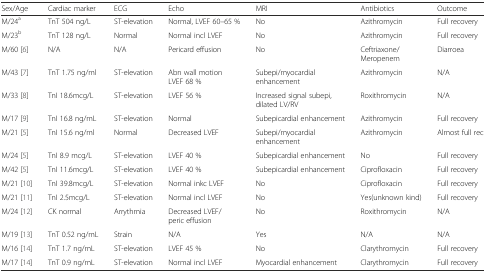
<table><thead><tr><td><b>Sex/Age</b></td><td><b>Cardiac marker</b></td><td><b>ECG</b></td><td><b>Echo</b></td><td><b>MRI</b></td><td><b>Antibiotics</b></td><td><b>Outcome</b></td></tr></thead><tbody><tr><td>M/24<sup>a</sup></td><td>TnT 504 ng/L</td><td>ST-elevation</td><td>Normal, LVEF 60–65 %</td><td>No</td><td>Azithromycin</td><td>Full recovery</td></tr><tr><td>M/23<sup>b</sup></td><td>TnT 128 ng/L</td><td>Normal</td><td>Normal incl LVEF</td><td>No</td><td>Azithromycin</td><td>Full recovery</td></tr><tr><td>M/60 [6]</td><td>N/A</td><td>N/A</td><td>Pericard effusion</td><td>No</td><td>Ceftriaxone/Meropenem</td><td>Diarroea</td></tr><tr><td>M/43 [7]</td><td>TnT 1.75 ng/ml</td><td>ST-elevation</td><td>Abn wall motion LVEF 68 %</td><td>Subepi/myocardial enhancement</td><td>Azithromycin</td><td>N/A</td></tr><tr><td>M/33 [8]</td><td>TnI 18.6mcg/L</td><td>ST-elevation</td><td>LVEF 56 %</td><td>Increased signal subepi, dilated LV/RV</td><td>Roxithromycin</td><td>N/A</td></tr><tr><td>M/17 [9]</td><td>TnI 16.8 ng/mL</td><td>ST-elevation</td><td>Normal</td><td>Subepicardial enhancement</td><td>Azithromycin</td><td>Full recovery</td></tr><tr><td>M/21 [5]</td><td>TnI 15.6 ng/ml</td><td>Normal</td><td>Decreased LVEF</td><td>Subepi/myocardial enhancement</td><td>Azithromycin</td><td>Almost full rec</td></tr><tr><td>M/24 [5]</td><td>TnI 8.9 mcg/L</td><td>ST-elevation</td><td>LVEF 40 %</td><td>Subepicardial enhancement</td><td>No</td><td>Full recovery</td></tr><tr><td>M/42 [5]</td><td>TnI 11.6mcg/L</td><td>ST-elevation</td><td>LVEF 40 %</td><td>Subepicardial enhancement</td><td>Ciprofloxacin</td><td>Full recovery</td></tr><tr><td>M/21 [10]</td><td>TnI 39.8mcg/L</td><td>ST-elevation</td><td>Normal inkc LVEF</td><td>No</td><td>Ciprofloxacin</td><td>Full recovery</td></tr><tr><td>M/21 [11]</td><td>TnI 2.5mcg/L</td><td>ST-elevation</td><td>Normal incl LVEF</td><td>No</td><td>Yes(unknown kind)</td><td>Full recovery</td></tr><tr><td>M/24 [12]</td><td>CK normal</td><td>Arrythmia</td><td>Decreased LVEF/peric effusion</td><td>No</td><td>Roxithromycin</td><td>N/A</td></tr><tr><td>M/19 [13]</td><td>TnT 0.52 ng/mL</td><td>Strain</td><td>N/A</td><td>Yes</td><td>N/A</td><td>N/A</td></tr><tr><td>M/16 [14]</td><td>TnT 1.7 ng/mL</td><td>ST-elevation</td><td>LVEF 45 %</td><td>No</td><td>Clarythromycin</td><td>Full recovery</td></tr><tr><td>M/17 [14]</td><td>TnT 0.9 ng/mL</td><td>ST-elevation</td><td>Normal incl LVEF</td><td>Myocardial enhancement</td><td>Clarythromycin</td><td>Full recovery</td></tr></tbody></table>